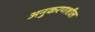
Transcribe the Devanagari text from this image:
अनुकरणशील